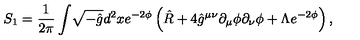
S _ { 1 } = \frac { 1 } { 2 \pi } \int \! \sqrt { - \hat { g } } d ^ { 2 } x e ^ { - 2 \phi } \left( \hat { R } + 4 \hat { g } ^ { \mu \nu } \partial _ { \mu } \phi \partial _ { \nu } \phi + \Lambda e ^ { - 2 \phi } \right) ,